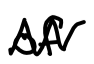
Text: of
Cross-out: zig-zag
Writing tool: digital_black